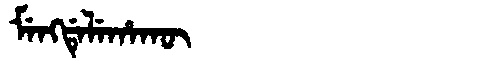
Manchu: ᠮᡝᠩᡩᡝᠯᡝᡥᠠᡴᡡ
Romanization: MENGDELEHAKŪ